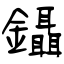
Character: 鑷